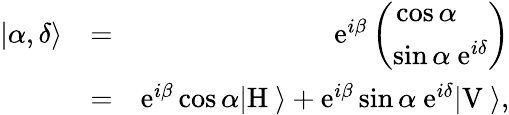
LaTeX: \begin{array}{rlr}{|\alpha,\delta\rangle}&{=}&{\mathrm{e}^{i\beta}\left(\begin{array}{c}{\cos\alpha\ \ \ \ }\\ {\sin\alpha\ \mathrm{e}^{i\delta}}\end{array}\right)}\\ &{=}&{\mathrm{e}^{i\beta}\cos\alpha|\mathrm{H}\ \rangle+\mathrm{e}^{i\beta}\sin\alpha\ \mathrm{e}^{i\delta}|\mathrm{V}\ \rangle,}\end{array}